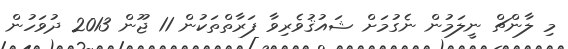
މި ލާންޗް ނީލަމުން ނެގުމަށް ޝައުޤުވެރިވާ ފަރާތްތަކުން 11 ޖޫން 2013 ދުވަހުން